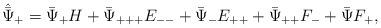
LaTeX: \begin{align*}\hat{\bar\Psi}_+=\bar\Psi_+H+\bar\Psi_{+++}E_{--}+\bar\Psi_{-}E_{++}+\bar\Psi_{++}F_-+\bar\Psi F_+,\end{align*}